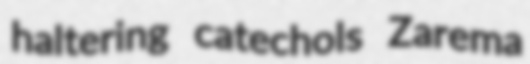
haltering catechols Zarema